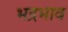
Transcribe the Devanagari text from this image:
भद्रभाव